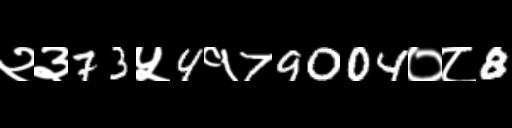
Text: २३73५4१79004०८8